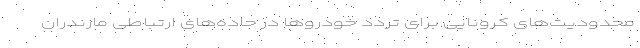
محدودیت‌های کرونایی برای تردد خودرو‌ها در جاده‌های ارتباطی مازندران